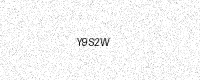
Text: Y9S2W